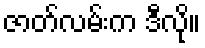
ဇာတ်လမ်းက ဒီလို။